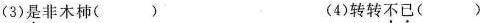
(3)是非木柿() (4)转转不已()